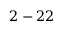
2 - 2 2